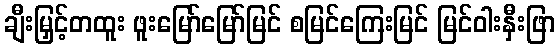
ချီးမြှင့်တထူး ဖူးမြော်မြော်မြင် စမြင်ကြေးမြင် မြင်ဝါးနှီးဖြာ